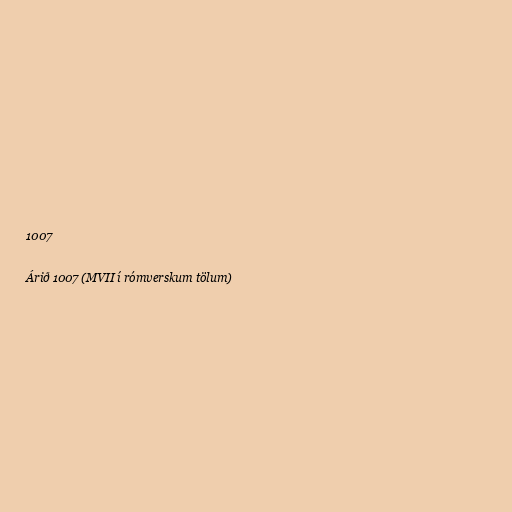
1007

Árið 1007 (MVII í rómverskum tölum)